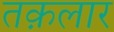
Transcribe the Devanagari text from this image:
तक़लार